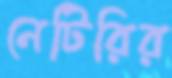
নেটিরির